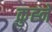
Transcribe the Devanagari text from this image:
कुह्ने